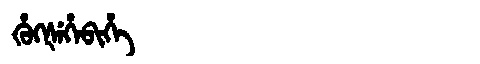
Manchu: ᡥᡠᡴᡧᡝᡥᡝᠪᡳᡥᡝ
Romanization: HUKŠEHEBIHE